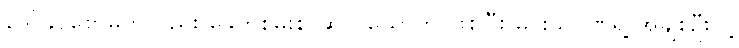
ဒေါ်ခင်စောမူကလည်း ခေတ်စမ်းစာဆိုတယောက် ဖြစ်ပြီး မင်းသုဝဏ်ရဲ့ အချစ်ဦးလို့